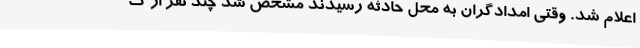
اعلام شد. وقتی امدادگران به محل حادثه رسیدند مشخص شد چند نفر از ک